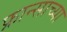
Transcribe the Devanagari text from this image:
फ्रान्साच्या